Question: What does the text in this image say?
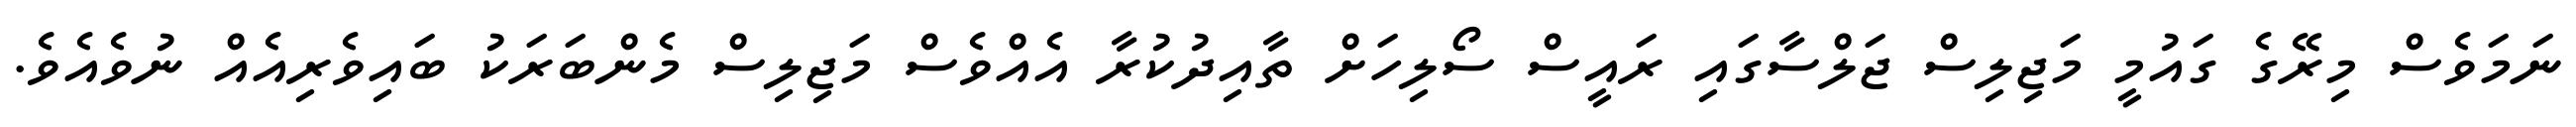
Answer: ނަމަވެސް މިރޭގެ ގައުމީ މަޖިލިސް ޖަލްސާގައި ރައީސް ސޯލިހަށް ތާއިދުކުރާ އެއްވެސް މަޖިލިސް މެންބަރަކު ބައިވެރިއެއް ނުވެއެވެ.